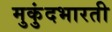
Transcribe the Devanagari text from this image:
मुकुंदभारती